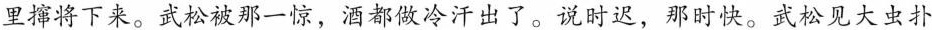
里撺将下来。武松被那一惊，酒都做冷汗出了。说时迟，那时快。武松见大虫扑